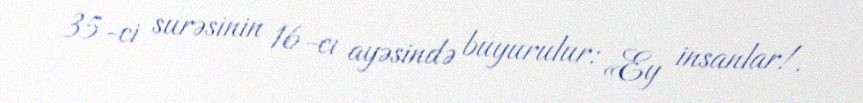
35-ci surəsinin 16-cı ayəsində buyurulur: «Ey insanlar!.